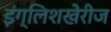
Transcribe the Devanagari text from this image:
इंग्लिशखेरीज